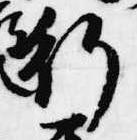
行